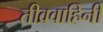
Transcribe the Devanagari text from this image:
तीव्रवाहिनी